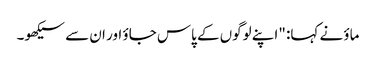
ماؤ نے کہا: "اپنے لوگوں کے پاس جاؤ اور ان سے سیکھو۔